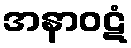
အနာဝဋံ